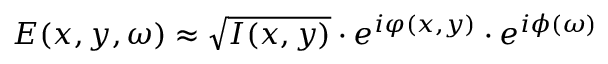
E ( x , y , \omega ) \approx \sqrt { I ( x , y ) } \cdot e ^ { i \varphi ( x , y ) } \cdot e ^ { i \phi ( \omega ) }